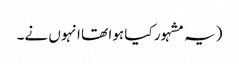
(یہ مشہور کیا ہوا تھا انہوں نے۔